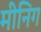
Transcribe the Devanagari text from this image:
मीनिग